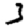
Digit: 3